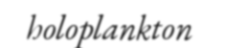
holoplankton